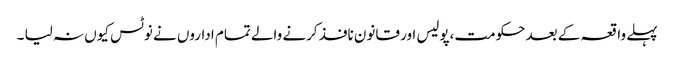
پہلے واقعہ کے بعد حکومت،پولیس اور قانون نافذ کرنے والے تمام اداروں نے نوٹس کیوں نہ لیا ۔